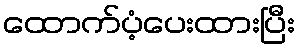
ထောက်ပံ့ပေးထားပြီး